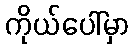
ကိုယ်ပေါ်မှာ